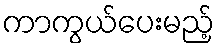
ကာကွယ်ပေးမည့်